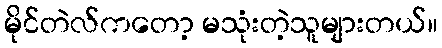
မိုင်တဲလ်ကတော့ မသုံးတဲ့သူများတယ်။